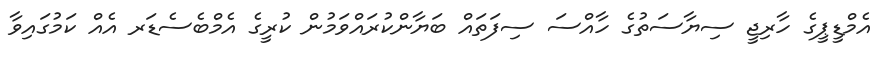
އެމްޑީޕީގެ ހާރިޖީ ސިޔާސަތުގެ ހާއްސަ ސިފަތައް ބަޔާންކުރައްވަމުން ކުރީގެ އެމްބެސެޑަރ އެއް ކަމުގައިވާ